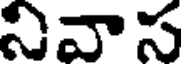
నివాస